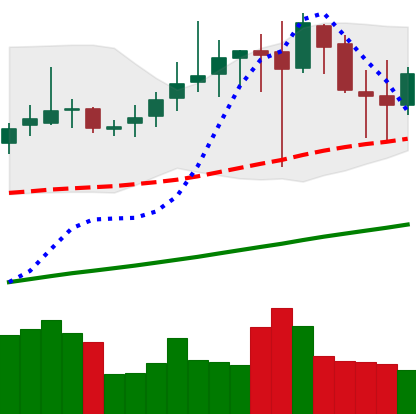
Ticker: DOGE-USD
Chart end date: 2019-07-03
Forward return: 7.425%
Label: up_7plus